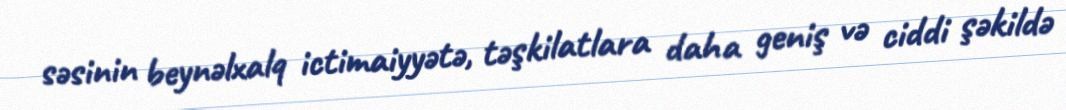
səsinin beynəlxalq ictimaiyyətə, təşkilatlara daha geniş və ciddi şəkildə